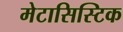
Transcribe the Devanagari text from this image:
मेटासिस्टिक